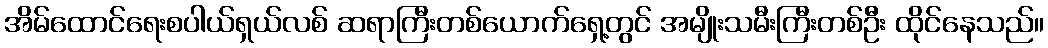
အိမ်ထောင်ရေးစပါယ်ရှယ်လစ် ဆရာကြီးတစ်ယောက်ရှေ့တွင် အမျိုးသမီးကြီးတစ်ဦး ထိုင်နေသည်။